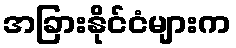
အခြားနိုင်ငံများက